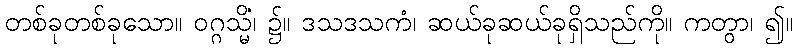
တစ်ခုတစ်ခုသော။ ဝဂ္ဂသ္မိံ၊ ၌။ ဒသဒသကံ၊ ဆယ်ခုဆယ်ခုရှိသည်ကို။ ကတွာ၊ ၍။